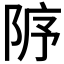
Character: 𨹘